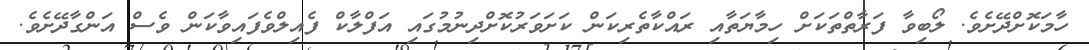
ހާމަކޮށްދޭށެވެ. ލޯބިވާ ފަރާތްތަކަށް ހިމާޔަތާއި ރައްކާތެރިކަން ކަށަވަރުކޮށްދިނުމުގައި އަފްލާކް ފެއިލްވެފައިވާކަން ވެސް އަންގާދޭށެވެ.